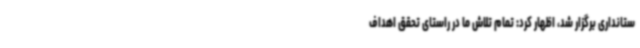
ستانداری برگزار شد، اظهار کرد: تمام تلاش ما در راستای تحقق اهداف